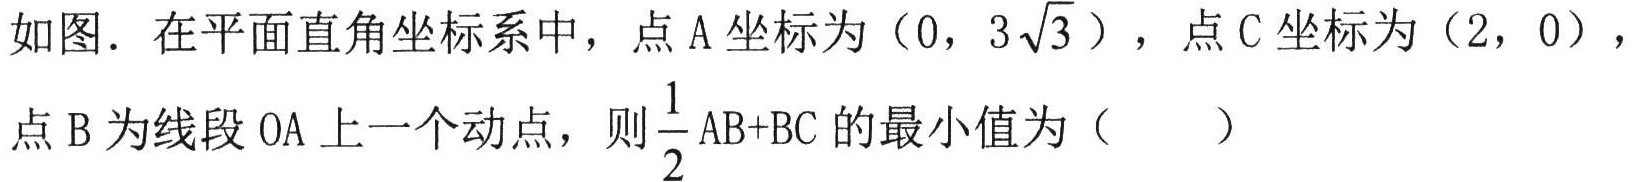
如图．在平面直角坐标系中，点 A 坐标为（0，\(3\sqrt{3}\)），点 C 坐标为（2，0），点 B 为线段 OA 上一个动点，则\(\frac{1}{2}AB + BC\)的最小值为（  ）